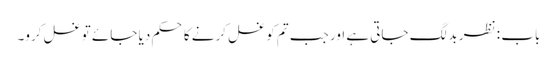
باب : نظر بد لگ جاتی ہے اور جب تم کو غسل کرنے کا حکم دیا جائے تو غسل کرو۔